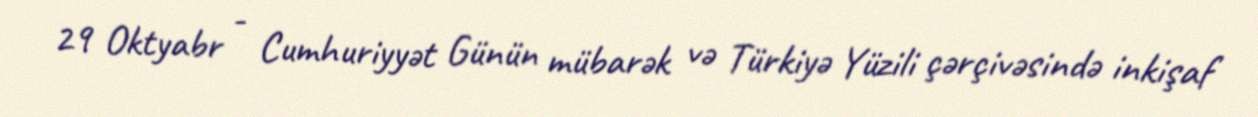
29 Oktyabr - Cumhuriyyət Günün mübarək və Türkiyə Yüzili çərçivəsində inkişaf